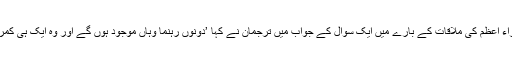
پاکستان اور بھارتی وزراء اعظم کی ملاقات کے بارے میں ایک سوال کے جواب میں ترجمان نے کہا ’دونوں رہنما وہاں موجود ہوں گے اور وہ ایک ہی کمرے میں بیٹھے ہوں گے۔